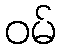
ဝမ်